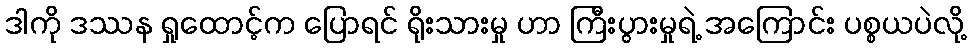
ဒါကို ဒဿန ရှုထောင့်က ပြောရင် ရိုးသားမှု ဟာ ကြီးပွားမှုရဲ့ အကြောင်း ပစ္စယပဲလို့